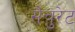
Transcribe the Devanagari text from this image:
सैचुरेट